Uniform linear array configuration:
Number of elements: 4
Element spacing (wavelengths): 0.75
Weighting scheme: blackman
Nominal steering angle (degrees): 15
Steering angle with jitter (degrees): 15.711
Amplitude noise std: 0.05
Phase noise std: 0.05

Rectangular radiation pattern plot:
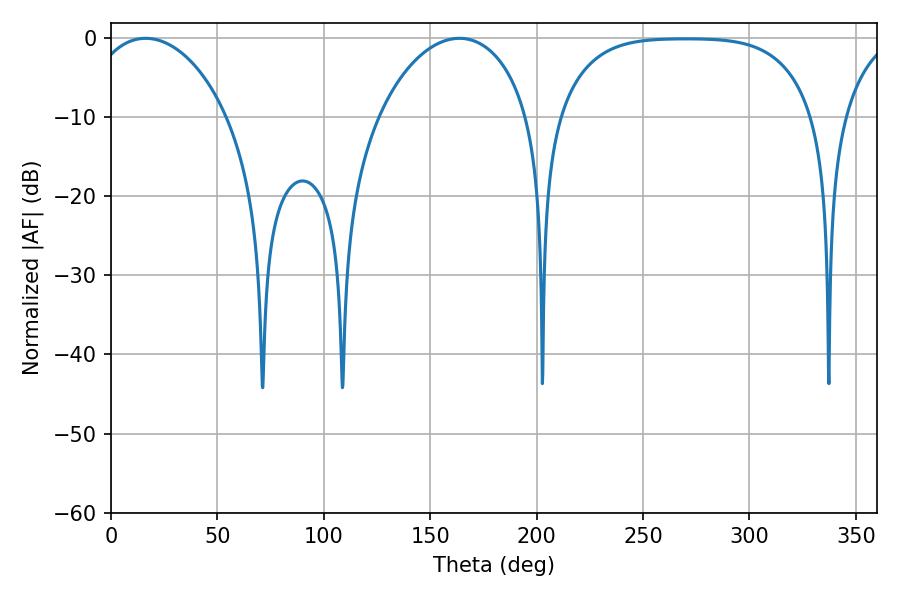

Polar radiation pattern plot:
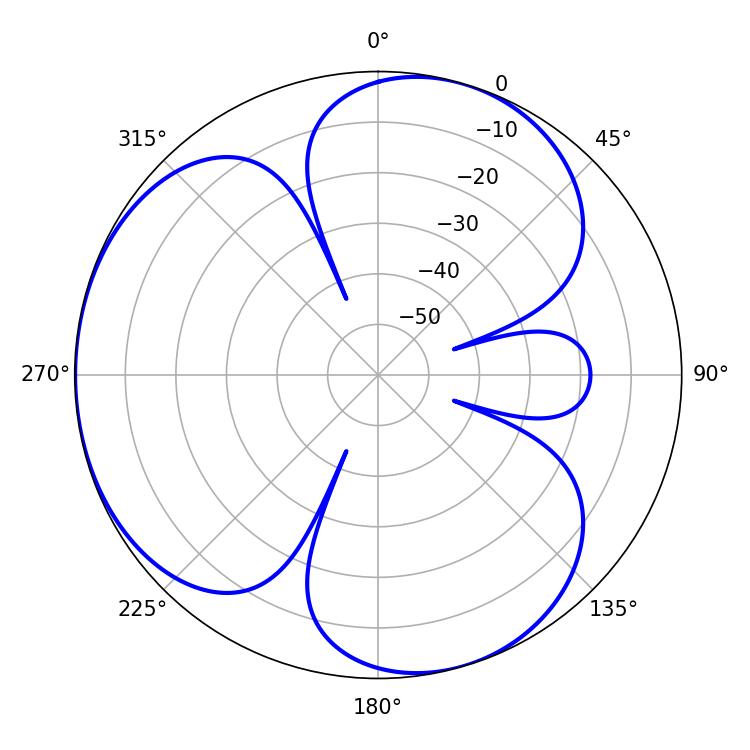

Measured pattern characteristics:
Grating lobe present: TRUE
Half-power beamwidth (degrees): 37.8
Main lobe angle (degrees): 16.2